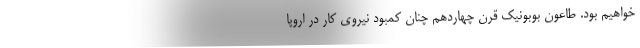
خواهیم بود. طاعون بوبونیک قرن چهاردهم چنان کمبود نیروی کار در اروپا